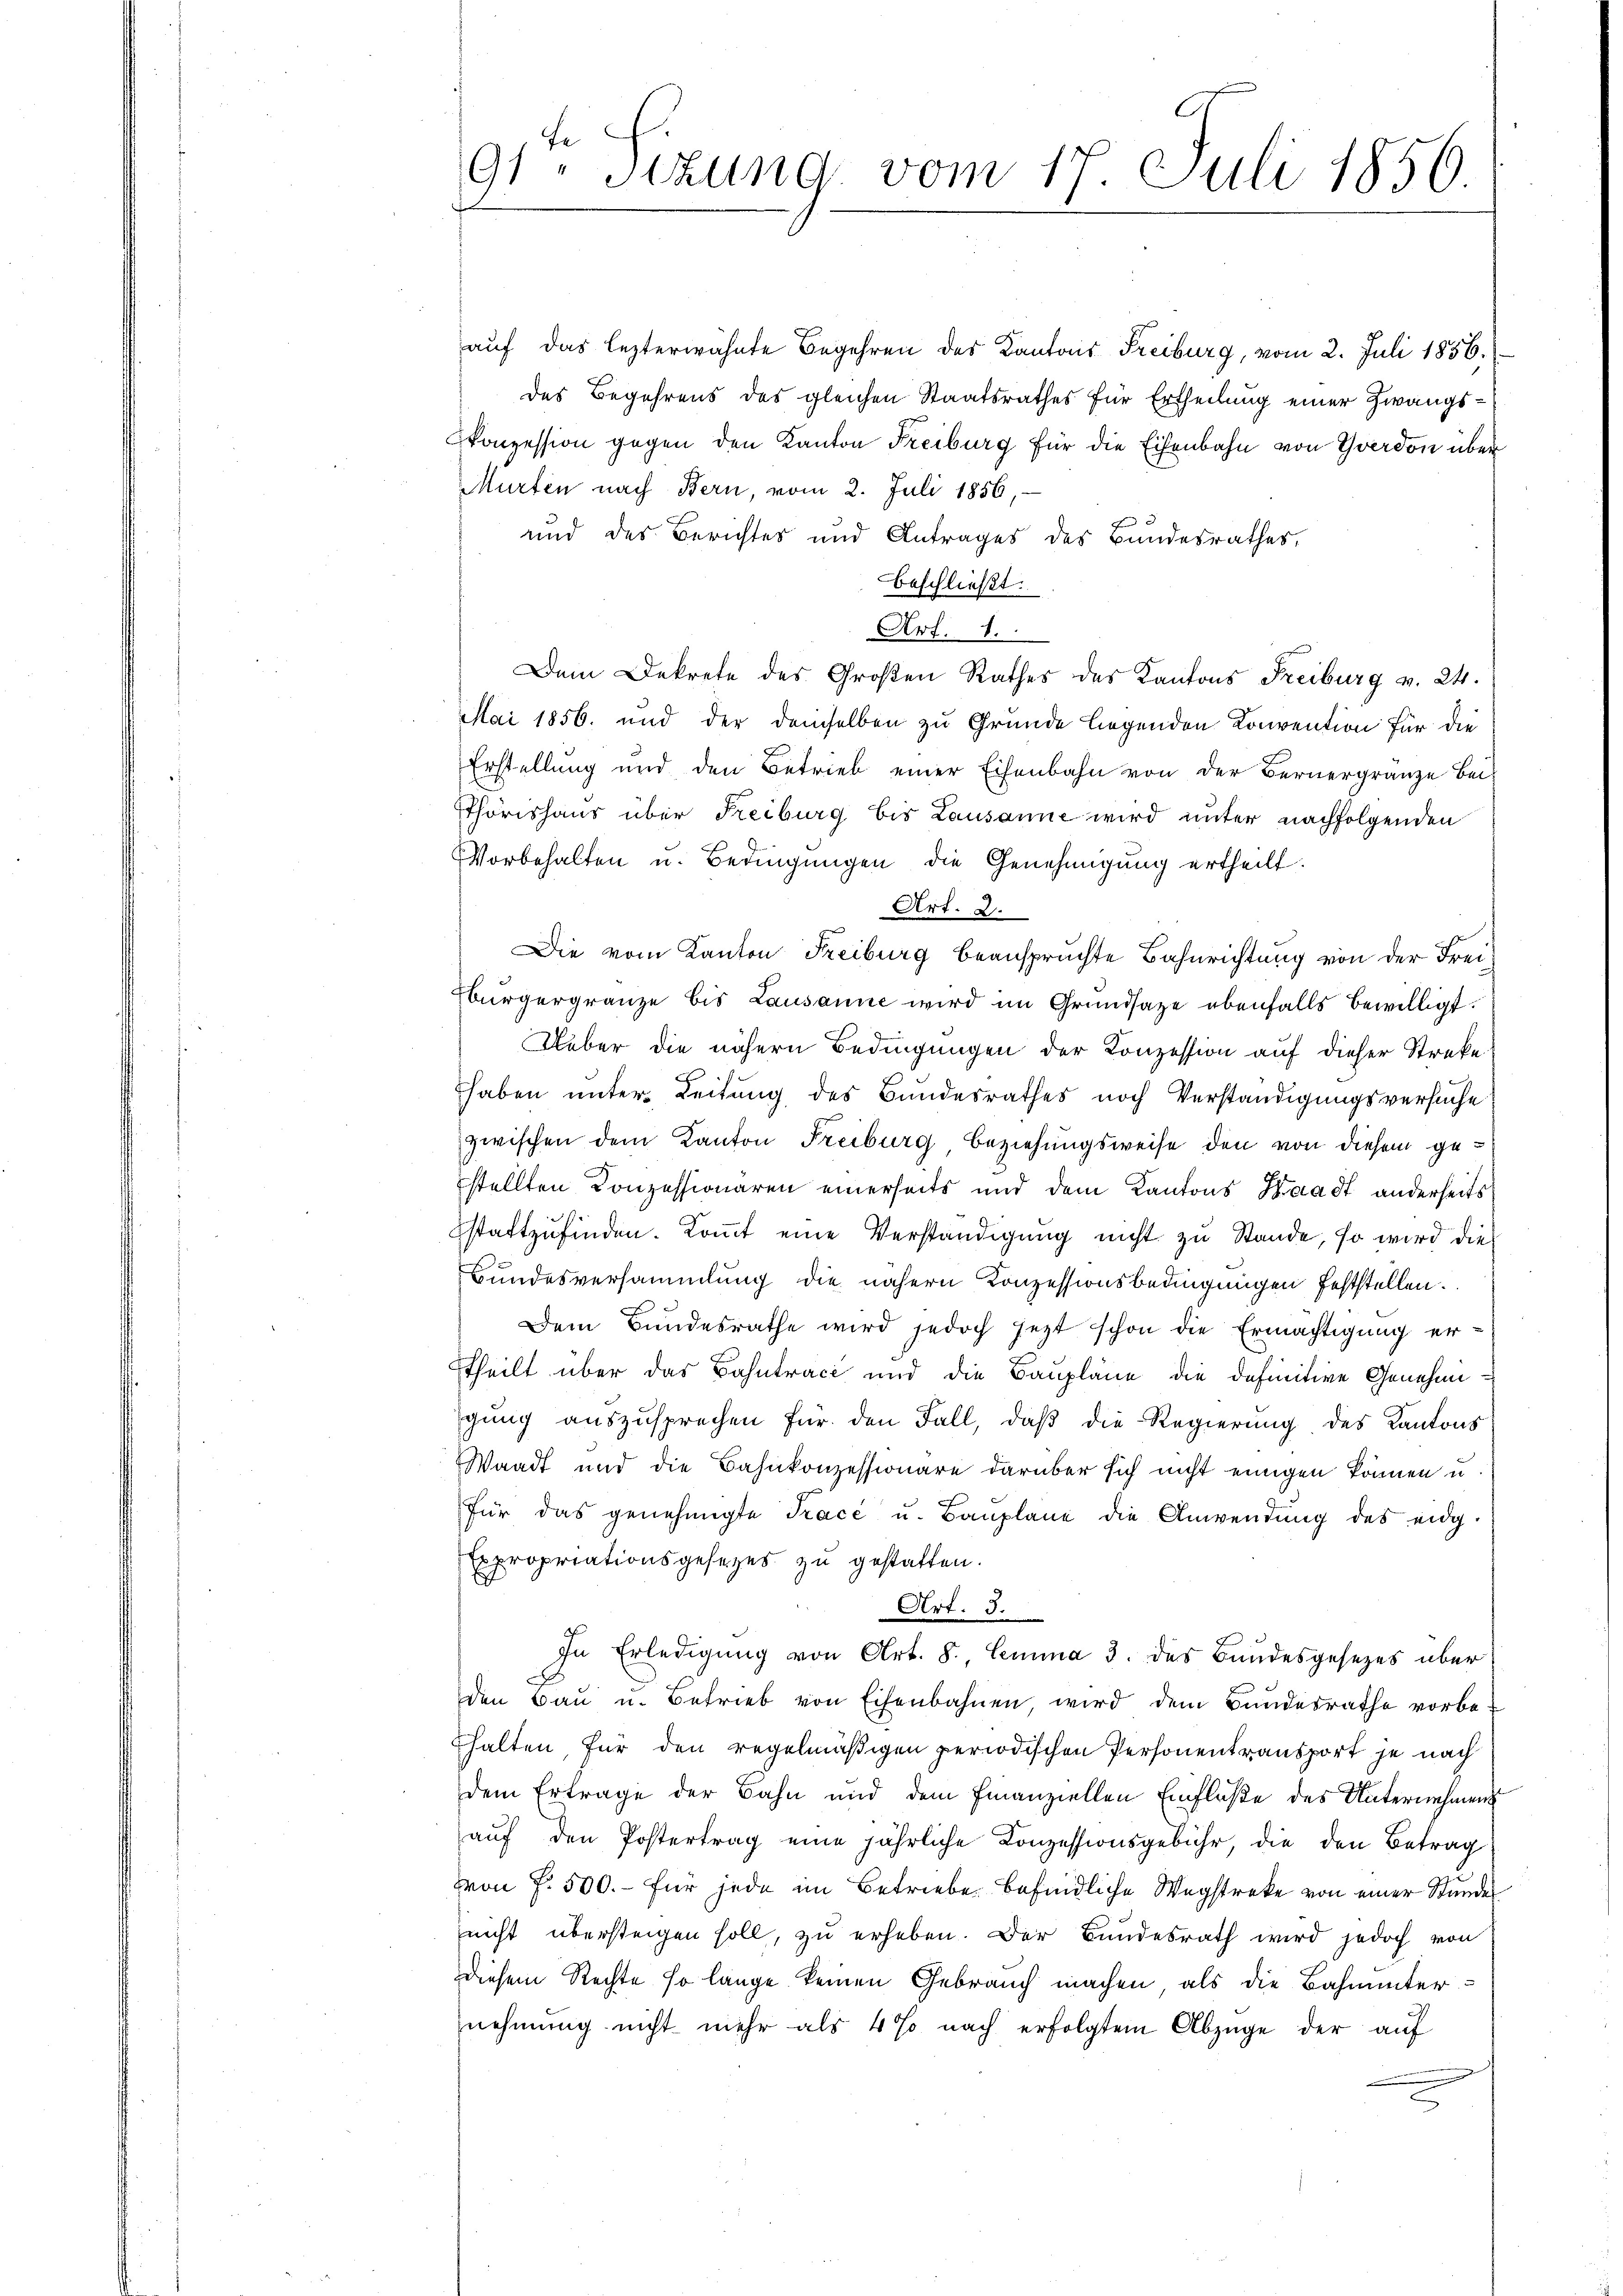
fe
91 Sizung vom 17. Juli 1856.

auf das lezterwähnte Begehren des Kantons Freiburg, vom 2. Juli 1856.
des Begehrens des gleichen Staatsrathes für Ertheilung einer Zwangs¬
Conzession gegen den Kanton Freiburg für die Eisenbahn von Yverdon über
Murten nach Bern, vom 2. Juli 1856,
und des Berichtes und Antrages des Bundesrathes,
beschließt:
Art. 8.
Dem Dekrete des Großen Rathes des Kantons Freiburg v. 24.
Mai 1856. und der demselben zu Grunde liegenden Konvention für die
Erstellung und den Betrieb einer Eisenbahn von der Bernergränze bei
Thörishaus über Freiburg bis Lausanne wird unter nachfolgenden
Vorbehalten u. Bedingungen die Genehmigung ertheilt.
Art. 2.
Die vom Kanton Freiburg beanspruchte Bahnrichtung von der Frei¬
Ebürgergränze bis Lausanne wird im Grundsaze ebenfalls bewilligt.
Ueber die nähern Bedingungen der Konzession auf dieser Streke
haben unter Leitung des Bundesrathes noch Verständigungsversuche
zwischen dem Kanton Freiburg, Beziehungsweise den von diesem gestellten Conzessionären einerseits und dem Kantons Waadt anderseits
stattzufinden. Kommt eine Verständigung nicht zu Stande, so wird die
Bundesversammlung die nähern Konzessionsbedingungen feststellen.
Dem Bundesrathe wird jedoch jezt schon die Ermächtigung er¬
Theilt über das Bahntrace und die Baupläne die definitive Genehmigung auszusprechen für den Fall, daß die Regierung des Kantons
Waadt und die Bahnkonzessionäre darüber sich nicht einigen können u.
für das genehmigte Tracé u. Baŭplane die Anwendung des eidg.
Expropriationsgesetzes zu gestatten.
Art. 3.
In Erledigung von Art. 8, Lemma 3. des Bundesgesetzes über
den Bau u. Betrieb von Eisenbahnen, wird dem Bundesrathe vorbe-
thalten, für den regelmäßigen periodischen Personentransport je nach
dem Ertrage der Bahn und dem Finanziellen Einfluße des Unternehmens
auf den Postertrag eine jährliche Konzessionsgebühr, die den Betrag
Von f. 500.- für jede im Betriebe befindliche Wegstreke von einer Stunde
nicht übersteigen soll, zu erheben. Der Bundesrath wird jedoch von
diesem Rechte so lange keinen Gebrauch machen, als die Bahnunternehmung nicht mehr als 4 % nach erfolgtem Abzüge der auf